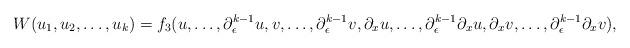
LaTeX: \begin{align*}W(u_1,u_2,\dots ,u_k)=f_3(u,\dots ,\partial_\epsilon^{k-1}u,v,\dots ,\partial_\epsilon^{k-1}v,\partial_x u,\dots ,\partial_\epsilon^{k-1}\partial_x u,\partial_x v,\dots ,\partial_\epsilon^{k-1}\partial_x v),\end{align*}